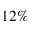
1 2 \%